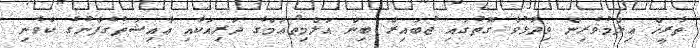
ތާރީޚް ޢިލްމުވެރިން ވިދާޅުވާ ގޮތުގައި ޖުބައިރް ބިން އަލްމިޠްޢަމްގެ ދަރިއަކާއި ޢާއިޝަތުގެފާނުގެ ކާވެނި